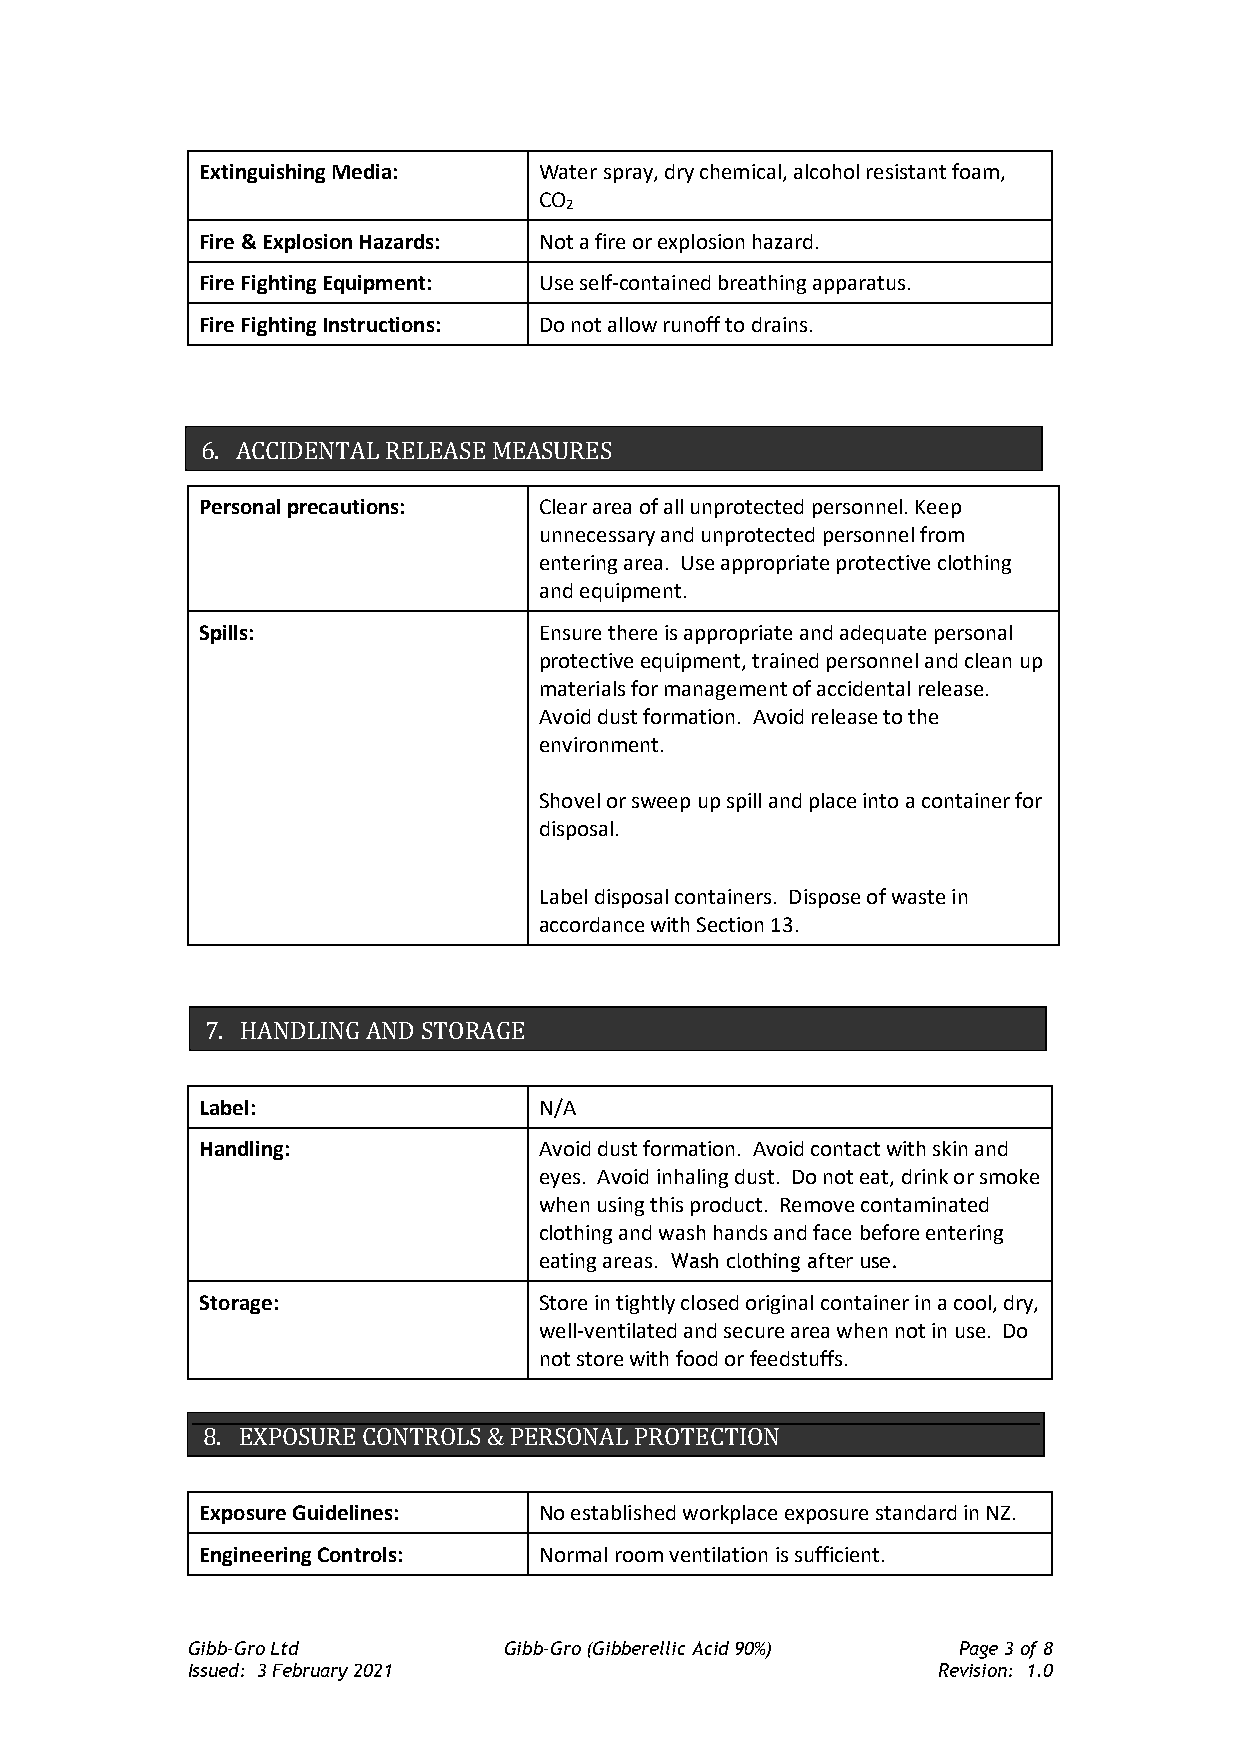
Extinguishing Media:   Water spray, dry chemical, alcohol resistant foam,
 CO
 2
 Fire & Explosion Hazards: Not a fire or explosion hazard.
 Fire Fighting Equipment: Use self-contained breathing apparatus.
 Fire Fighting Instructions: Do not allow runoff to drains.
 6. ACCIDENTAL RELEASE MEASURES
 Personal precautions:  Clear area of all unprotected personnel. Keep
 unnecessary and unprotected personnel from
 entering area. Use appropriate protective clothing
 and equipment.
 Spills:                Ensure there is appropriate and adequate personal
 protective equipment, trained personnel and clean up
 materials for management of accidental release.
 Avoid dust formation. Avoid release to the
 environment.
 Shovel or sweep up spill and place into a container for
 disposal.
 Label disposal containers. Dispose of waste in
 accordance with Section 13.
 7. HANDLING AND STORAGE
 Label:                 N/A
 Handling:              Avoid dust formation. Avoid contact with skin and
 eyes. Avoid inhaling dust. Do not eat, drink or smoke
 when using this product. Remove contaminated
 clothing and wash hands and face before entering
 eating areas. Wash clothing after use.
 Storage:               Store in tightly closed original container in a cool, dry,
 well-ventilated and secure area when not in use. Do
 not store with food or feedstuffs.
 8. EXPOSURE CONTROLS & PERSONAL PROTECTION
 Exposure Guidelines:   No established workplace exposure standard in NZ.
 Engineering Controls:  Normal room ventilation is sufficient.
 Gibb-Gro Ltd         Gibb-Gro (Gibberellic Acid 90%) Page 3 of 8
 Issued: 3 February 2021                           Revision: 1.0